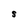
Character: S